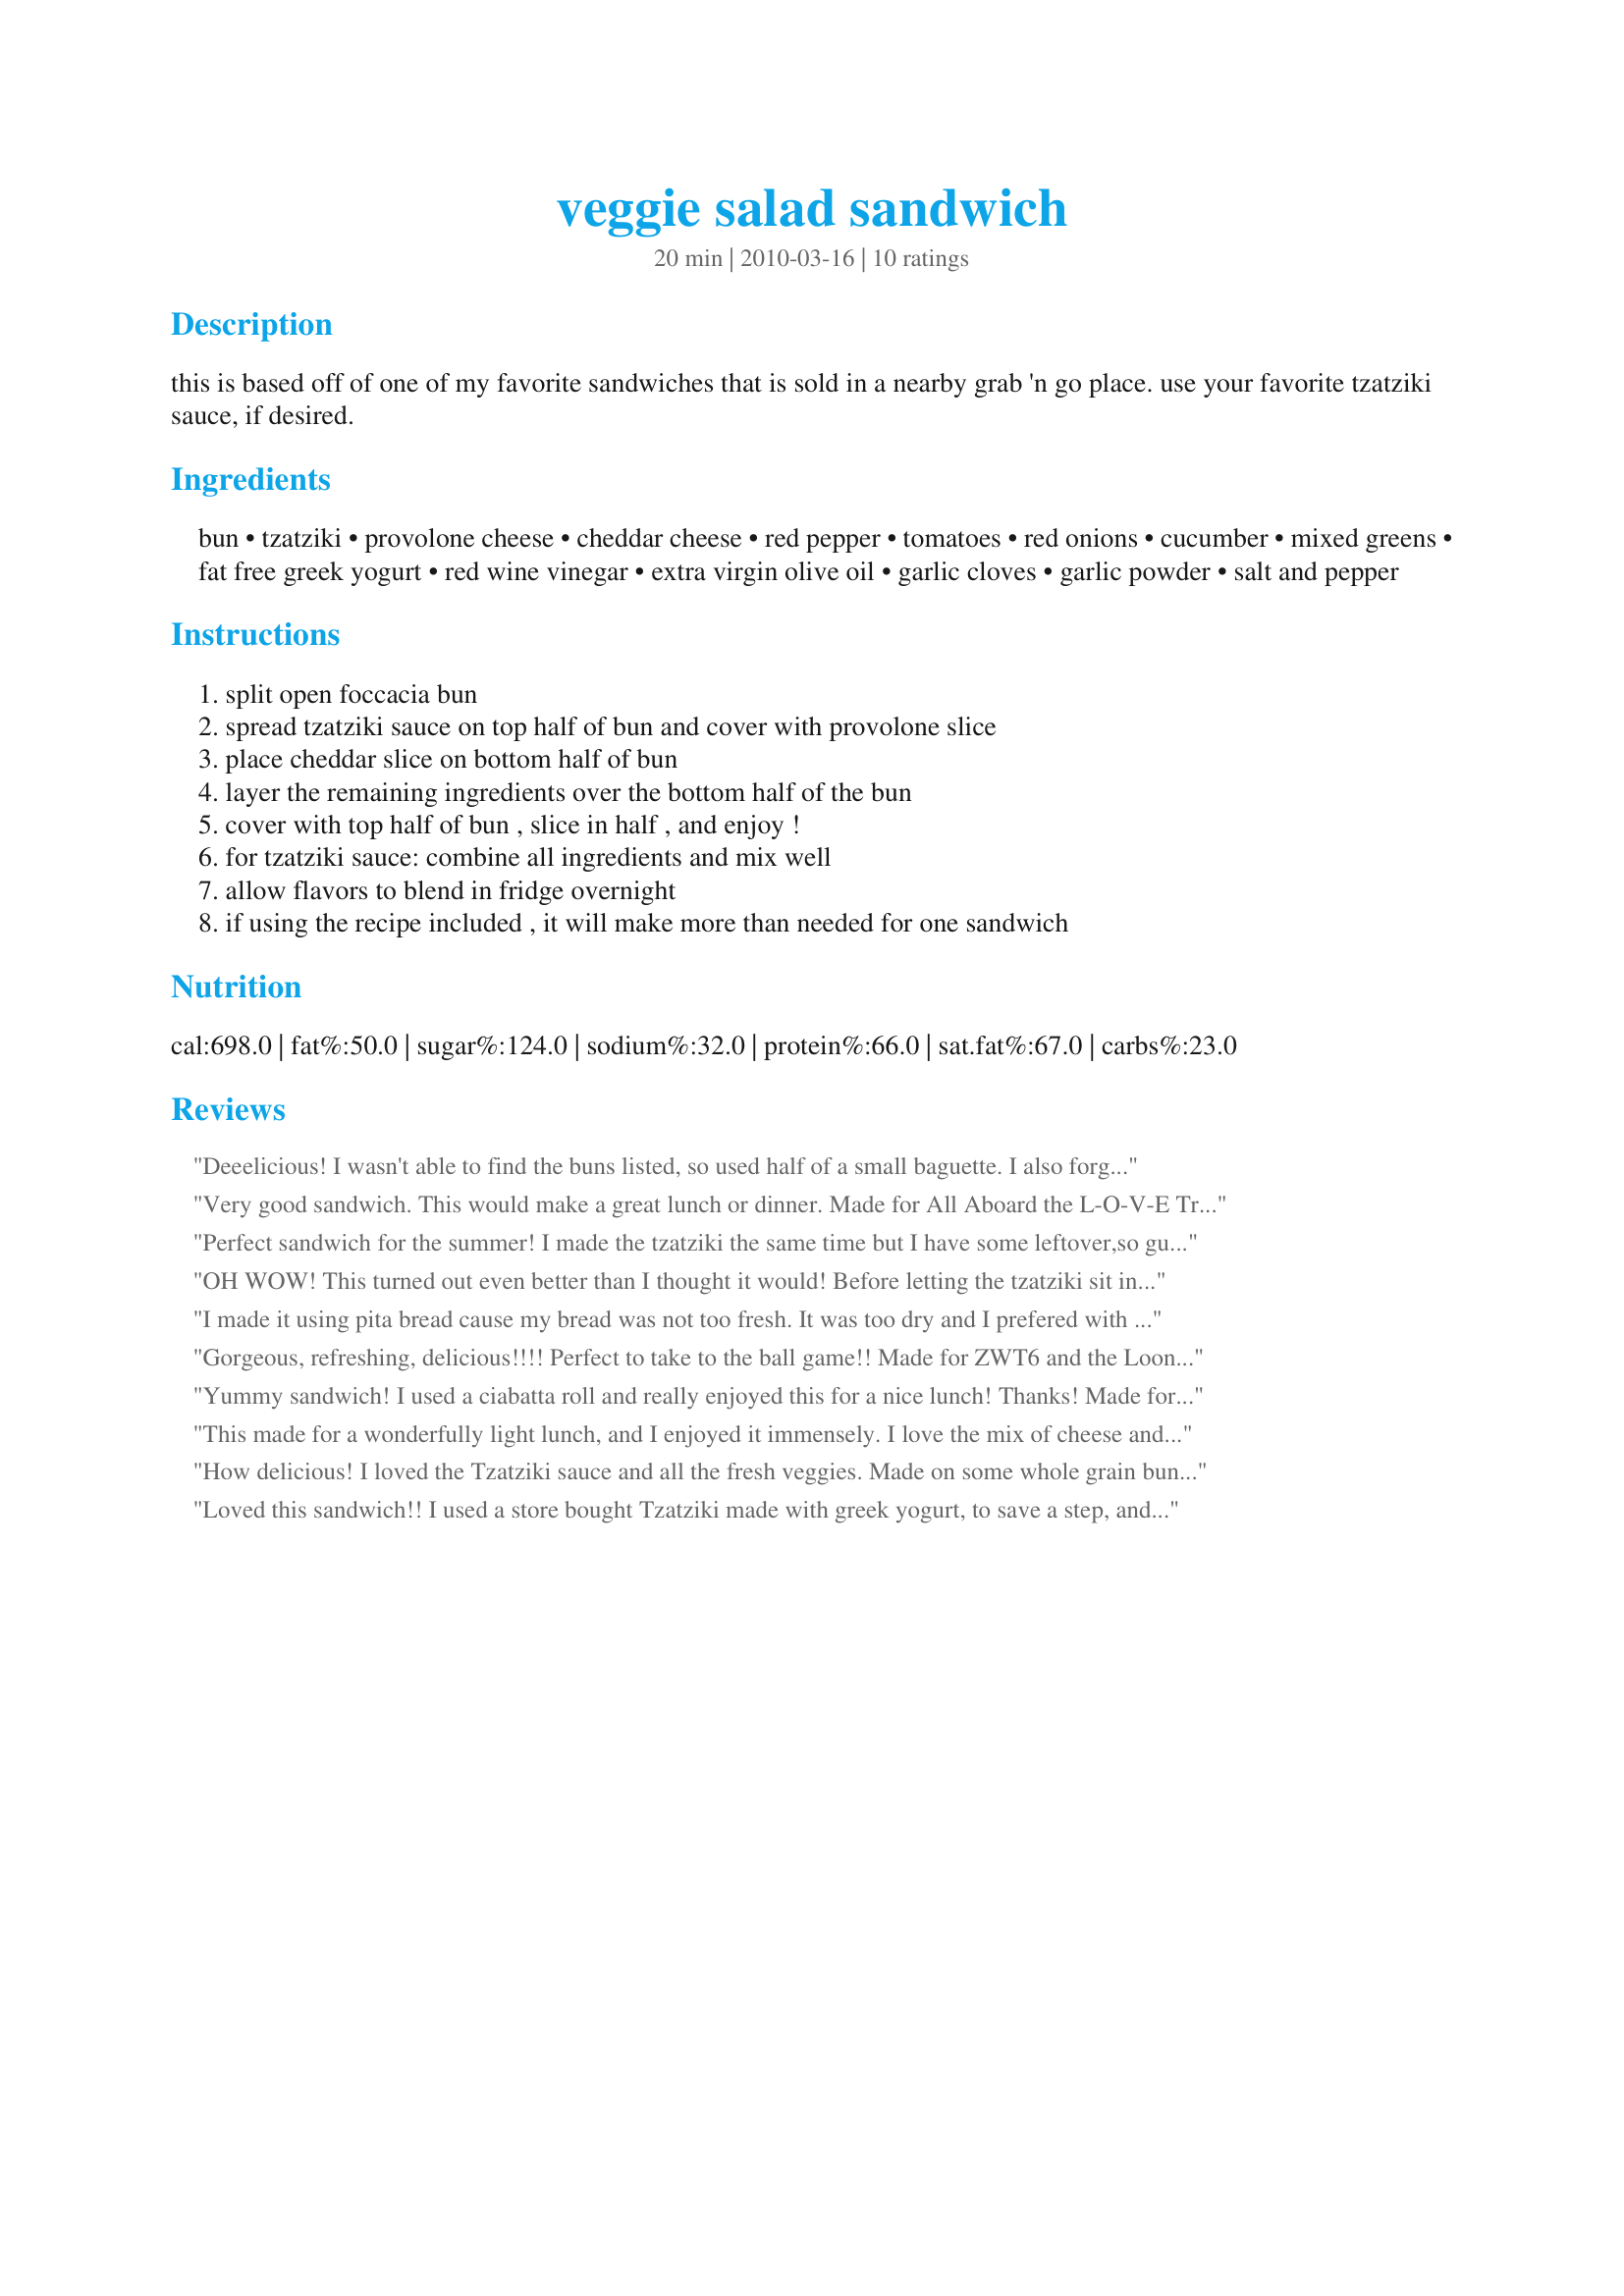
veggie salad sandwich
Preparation time: 20 minutes

this is based off of one of my favorite sandwiches that is sold in a nearby grab 'n go place. use your favorite tzatziki sauce, if desired.

Ingredients:
bun, tzatziki, provolone cheese, cheddar cheese, red pepper, tomatoes, red onions, cucumber, mixed greens, fat free greek yogurt, red wine vinegar, extra virgin olive oil, garlic cloves, garlic powder, salt and pepper

Steps:
split open foccacia bun, spread tzatziki sauce on top half of bun and cover with provolone slice, place cheddar slice on bottom half of bun, layer the remaining ingredients over the bottom half of the bun, cover with top half of bun , slice in half , and enjoy !, for tzatziki sauce: combine all ingredients and mix well, allow flavors to blend in fridge overnight, if using the recipe included , it will make more than needed for one sandwich

Reviews:
Deeelicious! I wasn't able to find the buns listed, so used half of a small baguette. I also forgot to add the greens, but that was ok, since there was a lot going on with the sandwich to begin with. I also used my own tzatziki. Made for Everyday Holiday Tag game. :)
Very good sandwich. This would make a great lunch or dinner. Made for All Aboard the L-O-V-E Train! 2012 tag game. Thanks for sharing this recipe.
Perfect sandwich for the summer! I made the tzatziki the same time but I have some leftover,so guess what I'll be eating tomorrow. I used a French bread made by me.So refreshing.
OH WOW! This turned out even better than I thought it would! Before letting the tzatziki sit in the fridge I tasted it to see what I thought...it tasted okay, but when I added it to the sandwich 3 hours later all the flavors together were so perfect! I will definitely be making this sandwich again, especially since my DD's were surprisingly as crazy about them as I was! Made for ZWT6 LOONEY SPOON PHOODIES!
I made it using pita bread cause my bread was not too fresh. It was too dry and I prefered with pita. I used storebought tzatziki. It's great in it. I've never thought of using tzatziki in a sandwich and it's a really good idea :) I used 1 slice provolone and 1 slice of mozzarella. I omitted the onions and salad. But I used tomatoes and cucumbers and it was great. It was really good that I will try it again soon. Thanks Starrynews :) Made for Holiday tag
Gorgeous, refreshing, delicious!!!! Perfect to take to the ball game!! Made for ZWT6 and the Looney Spoon Phoodies!
Yummy sandwich! I used a ciabatta roll and really enjoyed this for a nice lunch! Thanks! Made for Went to the Market game.
This made for a wonderfully light lunch, and I enjoyed it immensely. I love the mix of cheese and tzatziki, and would definetely make this again.
How delicious! I loved the Tzatziki sauce and all the fresh veggies. Made on some whole grain buns for an amzing lunch! Made for ZWT 6:)
Loved this sandwich!! I used a store bought Tzatziki made with greek yogurt, to save a step, and used cheddar and jalapeno jack for the cheeses. Made on a multi-grain ciabatta bun. I was taking it to work, so I prepped everything and made the sandwich, except put the tzatziki in a small container, and the tomatoes in another small container, to avoid sogginess. Worked out perfect! Love this sandwich, and ended up making it for quite a few lunches, as I had lots of tzatziki to use (lucky me!) Thanks for another great recipe, Starry! Made for Veggie Swap #61.
